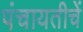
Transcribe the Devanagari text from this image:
पंचायतीचें